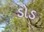
ડોડ